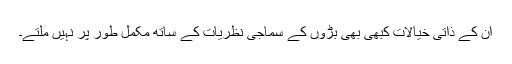
ان کے ذاتی خیالات کبھی بھی بڑوں کے سماجی نظریات کے ساتھ مکمل طور پر نہیں ملتے۔